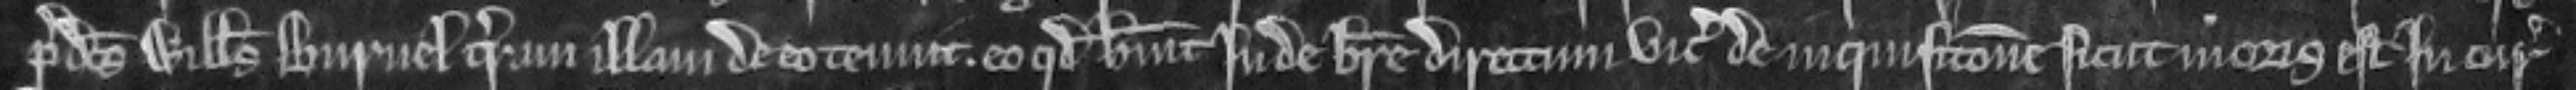
predictus Willelmus Burnel terram illam de eo tenuit. eo quod habuit Inde breve directum vicecomiti de inquisicione sicut moris est In curia